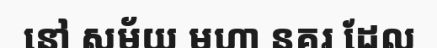
នៅ សម័យ មហា នគរ ដែល